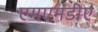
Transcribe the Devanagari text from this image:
एमएमडीए